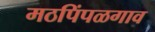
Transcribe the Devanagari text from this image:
मठपिंपळगाव